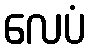
လေပံ